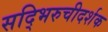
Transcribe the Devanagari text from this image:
सद्भिरुचीदर्शक